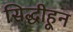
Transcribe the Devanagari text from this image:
सिद्धीहून